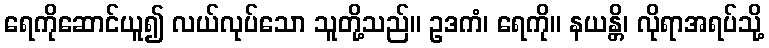
ရေကိုဆောင်ယူ၍ လယ်လုပ်သော သူတို့သည်။ ဥဒကံ၊ ရေကို။ နယန္တိ၊ လိုရာအရပ်သို့